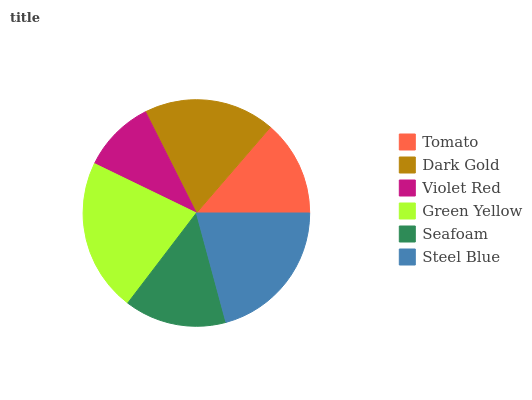
| Tomato | Dark Gold | Violet Red | Green Yellow | Seafoam | Steel Blue |
 | --- | --- | --- | --- | --- | --- |
 | 13.7% | 18.8% | 10.4% | 21.8% | 14.6% | 20.8% |